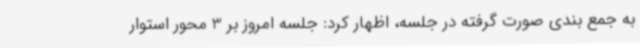
به جمع بندی صورت گرفته در جلسه، اظهار کرد: جلسه امروز بر 3 محور استوار